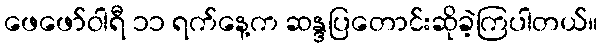
ဖေဖော်ဝါရီ ၁၁ ရက်နေ့က ဆန္ဒပြတောင်းဆိုခဲ့ကြပါတယ်။